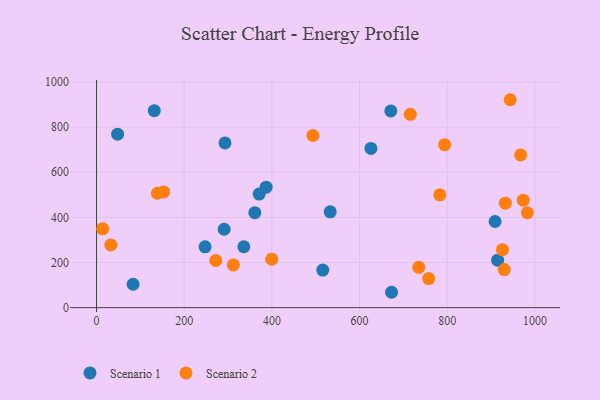
{"axis": {"x": "Ad Spend", "y": "Salary"}, "legend": ["Scenario 1", "Scenario 2"], "data": [{"x": "361.1", "y": 420.7, "type": "Scenario 1"}, {"x": "83.4", "y": 103.6, "type": "Scenario 1"}, {"x": "48.1", "y": 768.6, "type": "Scenario 1"}, {"x": "626.0", "y": 705.5, "type": "Scenario 1"}, {"x": "533.0", "y": 424.8, "type": "Scenario 1"}, {"x": "247.6", "y": 269.4, "type": "Scenario 1"}, {"x": "371.0", "y": 503.5, "type": "Scenario 1"}, {"x": "671.3", "y": 871.8, "type": "Scenario 1"}, {"x": "672.9", "y": 68.0, "type": "Scenario 1"}, {"x": "386.9", "y": 534.0, "type": "Scenario 1"}, {"x": "293.0", "y": 729.8, "type": "Scenario 1"}, {"x": "915.0", "y": 210.3, "type": "Scenario 1"}, {"x": "909.1", "y": 381.7, "type": "Scenario 1"}, {"x": "291.1", "y": 347.4, "type": "Scenario 1"}, {"x": "516.1", "y": 166.5, "type": "Scenario 1"}, {"x": "131.7", "y": 873.1, "type": "Scenario 1"}, {"x": "336.0", "y": 269.9, "type": "Scenario 1"}, {"x": "153.1", "y": 512.9, "type": "Scenario 2"}, {"x": "930.1", "y": 168.4, "type": "Scenario 2"}, {"x": "967.4", "y": 676.6, "type": "Scenario 2"}, {"x": "973.2", "y": 476.1, "type": "Scenario 2"}, {"x": "794.0", "y": 721.9, "type": "Scenario 2"}, {"x": "138.9", "y": 506.9, "type": "Scenario 2"}, {"x": "13.9", "y": 349.1, "type": "Scenario 2"}, {"x": "312.0", "y": 189.3, "type": "Scenario 2"}, {"x": "757.6", "y": 128.8, "type": "Scenario 2"}, {"x": "982.8", "y": 420.7, "type": "Scenario 2"}, {"x": "783.1", "y": 500.1, "type": "Scenario 2"}, {"x": "926.0", "y": 256.9, "type": "Scenario 2"}, {"x": "932.4", "y": 462.9, "type": "Scenario 2"}, {"x": "32.5", "y": 277.7, "type": "Scenario 2"}, {"x": "493.5", "y": 763.0, "type": "Scenario 2"}, {"x": "715.7", "y": 856.8, "type": "Scenario 2"}, {"x": "734.9", "y": 178.4, "type": "Scenario 2"}, {"x": "399.6", "y": 214.6, "type": "Scenario 2"}, {"x": "272.0", "y": 208.9, "type": "Scenario 2"}, {"x": "943.6", "y": 921.5, "type": "Scenario 2"}]}